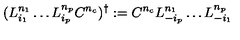
( L _ { i _ { 1 } } ^ { n _ { 1 } } \ldots L _ { i _ { p } } ^ { n _ { p } } C ^ { n _ { c } } ) ^ { \dagger } : = C ^ { n _ { c } } L _ { - i _ { p } } ^ { n _ { 1 } } \ldots L _ { - i _ { 1 } } ^ { n _ { p } }